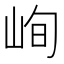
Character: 峋